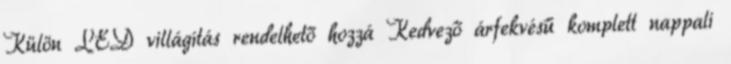
Külön LED villágítás rendelhető hozzá Kedvező árfekvésű komplett nappali